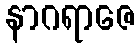
နာဂရာဇေ